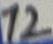
Text: 12